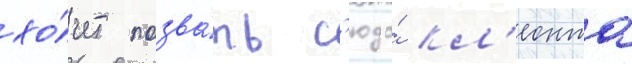
хо́чет позва́ть с'юда́ кл'еонта